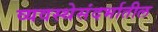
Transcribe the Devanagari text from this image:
व्यवस्थेसंदर्भातील